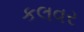
કલવર